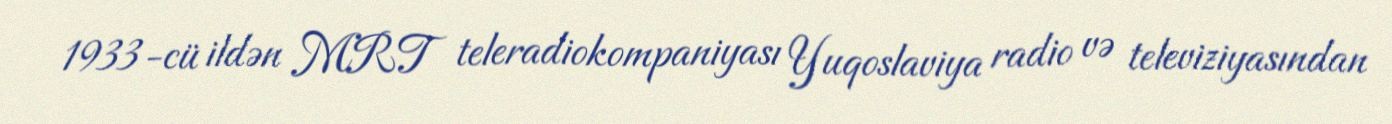
1933-cü ildən MRT teleradiokompaniyası Yuqoslaviya radio və televiziyasından